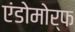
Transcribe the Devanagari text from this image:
एंडोमोर्फ